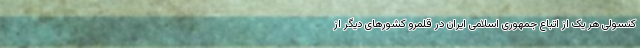
کنسولی هر یک از اتباع جمهوری اسلامی ایران در قلمرو کشورهای دیگر از